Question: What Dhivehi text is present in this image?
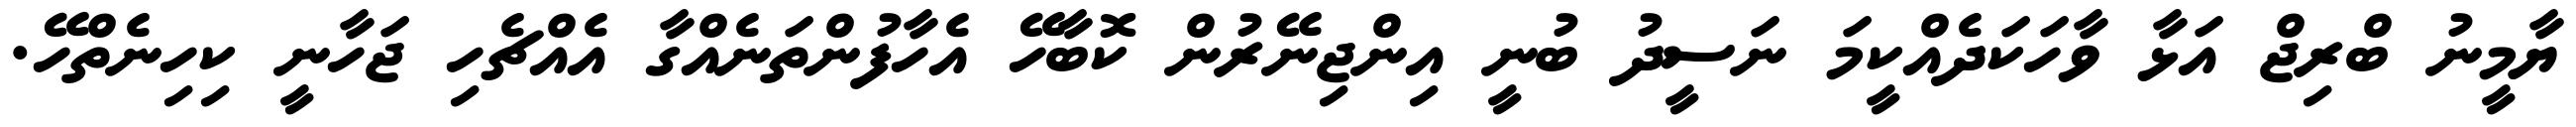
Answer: ޔާމީނު ބްރިޖް އަޅާ ވާހަކަދެއްކީމަ ނަސީދު ބުނީ އިންޖިނޭރުން ކޮބާހޭ އެހާފުންތަނެއްގާ އެއްޗެހި ޖަހާނީ ކިހިނެތްހޭ.